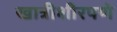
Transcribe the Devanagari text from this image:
खात्रीशीरपणे